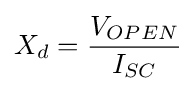
X_{d}={\frac {V_{OPEN}}{I_{SC}}}